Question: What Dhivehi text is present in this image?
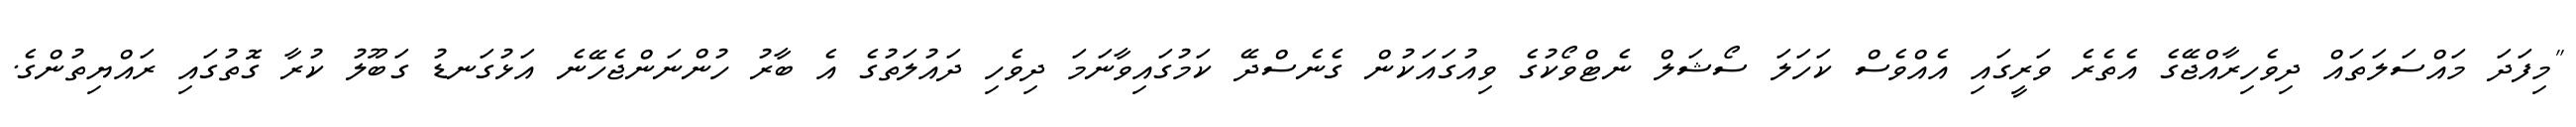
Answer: "މިފަދަ މައްސަލަތައް ދިވެހިރާއްޖޭގެ އެތެރެ ވަރީގައި އެއްވެސް ކަހަލަ ސޯޝަލް ނެޓްވޯކުގެ ވިއުގައަކުން ގެނެސްދޭ ކަމުގައިވާނަމަ ދިވެހި ދައުލަތުގެ އެ ބާރު ހުންނަންޖެހޭނެ އަޅުގަނޑު ގަބޫލު ކުރާ ގޮތުގައި ރައްޔިތުންގެ.